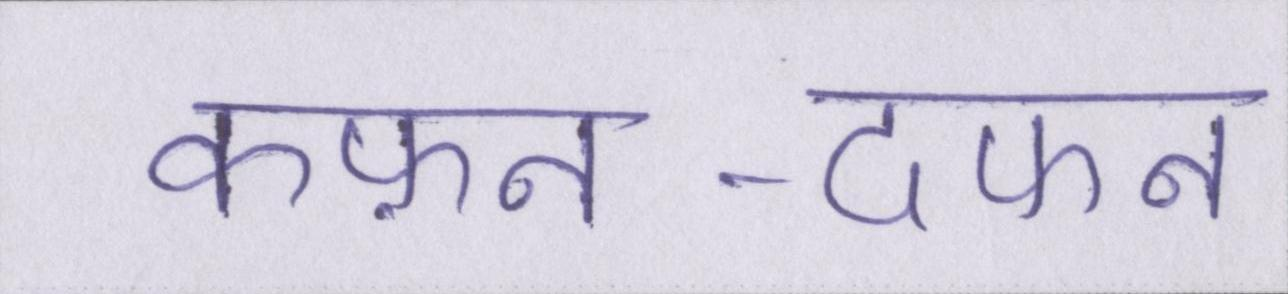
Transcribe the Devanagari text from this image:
कफ़न-दफन